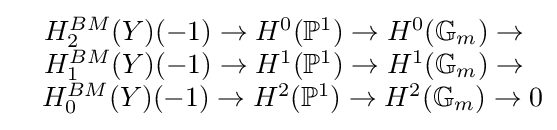
{\begin{matrix}&H_{2}^{BM}(Y)(-1)\to H^{0}(\mathbb {P} ^{1})\to H^{0}(\mathbb {G} _{m})\to {\text{ }}\\&H_{1}^{BM}(Y)(-1)\to H^{1}(\mathbb {P} ^{1})\to H^{1}(\mathbb {G} _{m})\to {\text{ }}\\&H_{0}^{BM}(Y)(-1)\to H^{2}(\mathbb {P} ^{1})\to H^{2}(\mathbb {G} _{m})\to 0\end{matrix}}